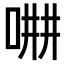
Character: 𠵡